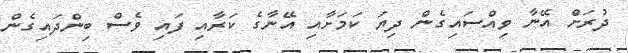
ދުރަށް އޭނާ ވިއްސައިގެން ދިޔަ ކަމަށާއި އޭނާގެ ކަރާއި ފައި ވެސް ބިންދައިގެން